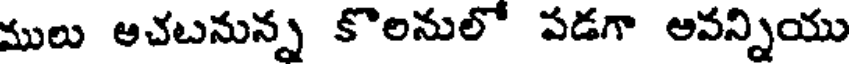
ములు అచటనున్న కొలనులో పడగా అవన్నియు